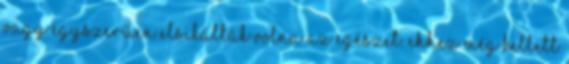
vagy egyszerűen elsikálták volna az egészet. Ehhez még kellett